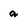
Character: q